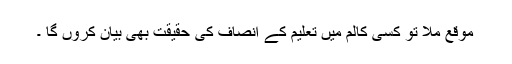
موقع ملا تو کسی کالم میں تعلیم کے انصاف کی حقیقت بھی بیان کروں گا ۔